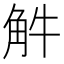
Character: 𧣈